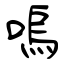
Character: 嗚